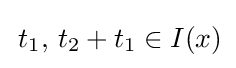
\,t_{1},\,t_{2}+t_{1}\in I(x)